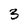
Character: 3